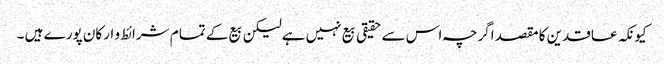
کیونکہ عاقدین کا مقصد اگرچہ اس سے حقیقی بیع نہیں ہےلیکن بیع کے تمام شرائط و ارکان پورے ہیں ۔